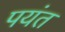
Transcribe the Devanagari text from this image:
पयंत